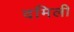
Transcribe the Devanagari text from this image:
दमिली